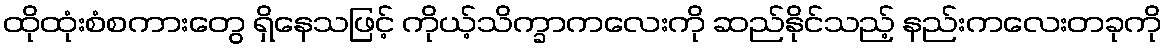
ထိုထုံးစံစကားတွေ ရှိနေသဖြင့် ကိုယ့်သိက္ခာကလေးကို ဆည်နိုင်သည့် နည်းကလေးတခုကို